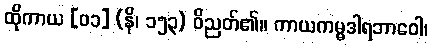
ထိုကာယ [၀၁] (နိ၊ ၁၅၃) ဝိညတ်၏။ ကာယကမ္မဒါရဘာဝေါ၊